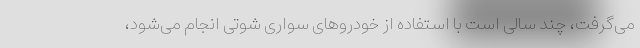
می‌گرفت، چند سالی است با استفاده از خودروهای سواری شوتی انجام می‌شود،